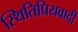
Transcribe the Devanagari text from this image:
स्थितिप्रियवादी